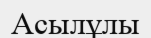
Асылұлы